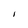
Character: I